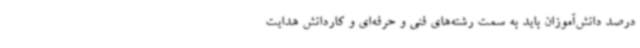
درصد دانش‌آموزان باید به سمت رشته‌های فنی و حرفه‌ای و کاردانش هدایت